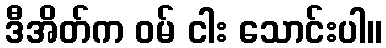
ဒီအိတ်က ဝမ် ငါး သောင်းပါ။